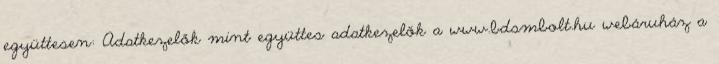
együttesen: Adatkezelők mint együttes adatkezelők a www.bdsmbolt.hu webáruház a